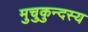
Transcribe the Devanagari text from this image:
मुचुकुन्दस्य